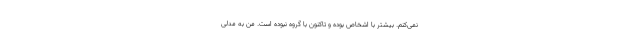
نمی‌کنم. بیشتر با اشخاص بوده و تاکنون با گروه نبوده است. من به مدلی